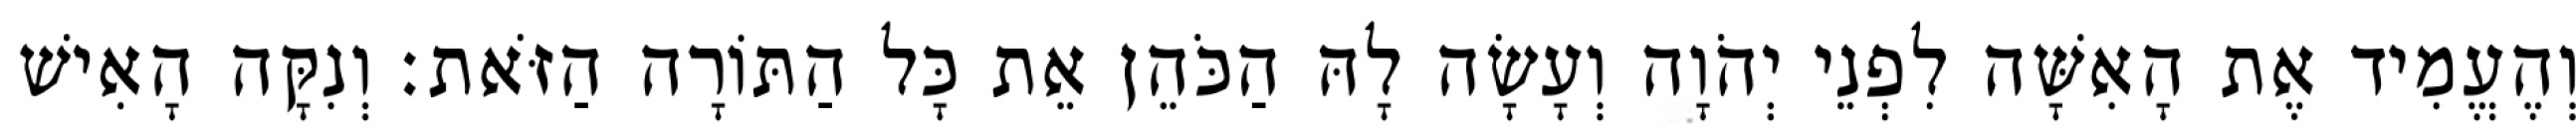
וְהֶעֱמִיד אֶת הָאִשָּׁה לִפְנֵי יְהֹוָה וְעָשָׂה לָהּ הַכֹּהֵן אֵת כָּל הַתּוֹרָה הַזֹּאת׃ וְנִקָּה הָאִישׁ